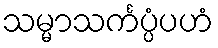
သမ္မာသင်္ကပ္ပံပဟံ